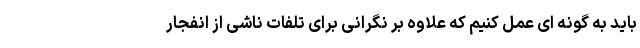
باید به گونه ای عمل کنیم که علاوه بر نگرانی برای تلفات ناشی از انفجار